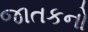
જાતકનો